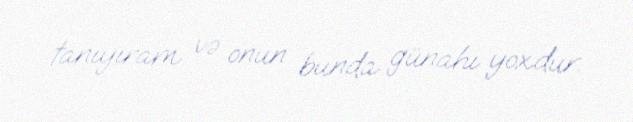
tanıyıram və onun bunda günahı yoxdur.